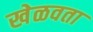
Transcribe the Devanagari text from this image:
खेळवता